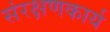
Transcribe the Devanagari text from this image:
संरक्षणकार्य